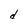
Character: d